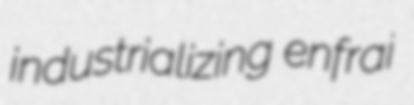
industrializing enfrai